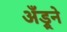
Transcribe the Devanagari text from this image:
अँड्रूने